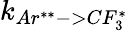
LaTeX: k_{Ar^{**}->CF_{3}^{*}}